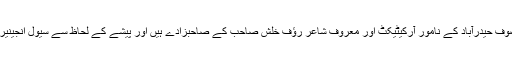
موصوف حیدرآباد کے نامور آرکیٹیکٹ اور معروف شاعر رؤف خلش صاحب کے صاحبزادے ہیں اور پیشے کے لحاظ سے سیول انجینیر ہیں۔